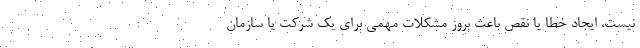
نیست، ایجاد خطا یا نقص باعث بروز مشکلات مهمی برای یک شرکت یا سازمان